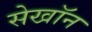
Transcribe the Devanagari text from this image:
सेखॉन